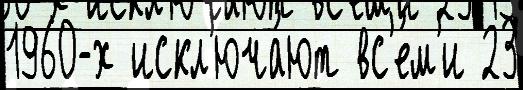
1960-х искл'юча́ют вс'е́м'и 23